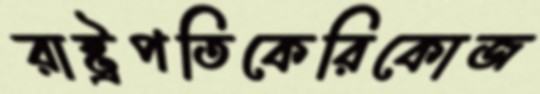
রাষ্ট্রপতিকেরিকোজ